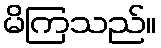
မိကြသည်။